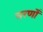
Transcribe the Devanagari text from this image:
चरणोँ